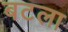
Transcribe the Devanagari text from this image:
बटला